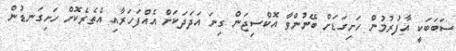
ސަބަބަކީ އާފުރުމުން ހަށިގަޑަށް ބޭނުންވާ އޮކްސިޖަން ގިނަ އަދަދަކަށް އެއްފަހަރާއި އެތެރެކޮށް ހަށިގަނޑުން